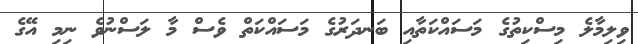
ވިލިމާލެ މިސްކިތުގެ މަސައްކަތާއި ބަނދަރުގެ މަސައްކަތް ވެސް މާ ލަސްނުވެ ނިމި އޭގެ